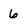
Character: 6